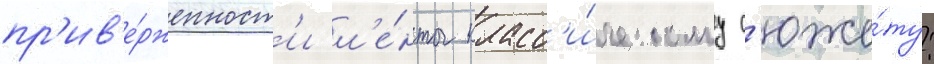
пр'ив'е́рженност'и л'е́нты класс'и́ческому с'юже́ту: